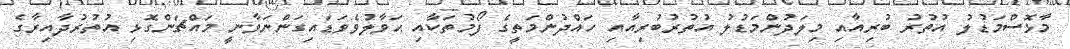
މާޅޮސްމަޑުލު އުތުރު ބުރިއާއި މިލަދުންމަޑުލު އުތުރުބުރިއާއި ހައްދުންމަތީގެ ފޯމުތަކާއި ޙަވާލުވެވަޑައިގަންނަވާނީ މައްޗަންގޮޅި އުތުރުދާއިރާގެ